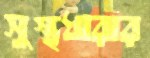
সুস্থধারার